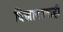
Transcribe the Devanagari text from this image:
विज्ञानालाही